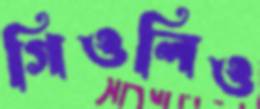
গিওলিও